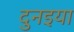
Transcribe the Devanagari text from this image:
दुनइया